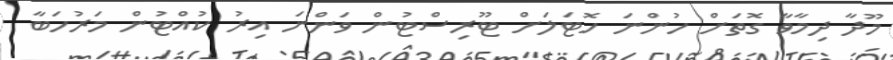
މޫދާ ދިމާވާ ގޮތަށް ހުންނަ ހޮޓަލަށް ޓޫރިސްޓުން ވަންނަ އިރު ކުއްޓުން މަރުހަބާ